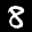
Label: 8